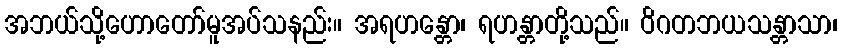
အဘယ်သို့ဟောတော်မူအပ်သနည်း။ အရဟန္တော၊ ရဟန္တာတို့သည်။ ဝိဂတဘယသန္တာသာ၊